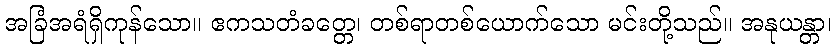
အခြံအရံရှိကုန်သော။ ဧကသတံခတ္တေ၊ တစ်ရာတစ်ယောက်သော မင်းတို့သည်။ အနုယန္တာ၊